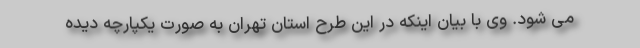
می شود. وی با بیان اینکه در این طرح استان تهران به صورت یکپارچه دیده